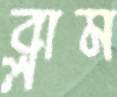
ব্লাম